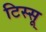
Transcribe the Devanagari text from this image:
टिस्सू